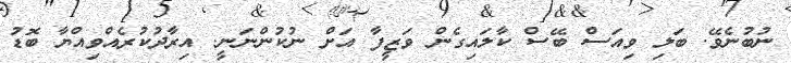
ނުބުނެވޭ. ބަލި ވިއަސް ބޭސް ކާލައިގެން ވަޒީފާ އަށް ނުކުންނަނީ. އިރާދުކުރެއްވިއްޔާ ބޮޑު